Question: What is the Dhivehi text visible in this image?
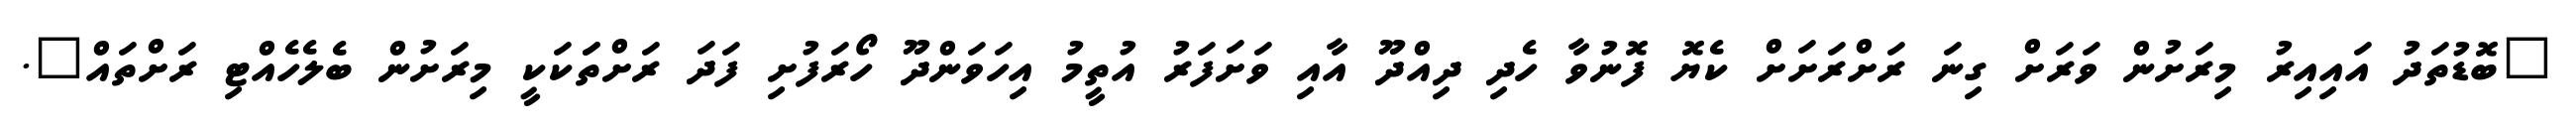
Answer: "ބޮޑުތަދު އައިއިރު މިރަށުން ވަރަށް ގިނަ ރަށްރަށަށް ކެޔޮ ފޮނުވާ ހެދި ދިއްދޫ އާއި ވަށަފަރު އުތީމު އިހަވަންދޫ ހޯރަފުށި ފަދަ ރަށްތަަކަކީ މިރަށުން ބެލެހެއްޓި ރަށްތައް".